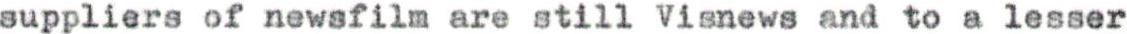
suppliers of newsfilm are still Visnews and to a lesser